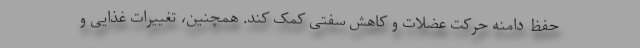
حفظ دامنه حرکت عضلات و کاهش سفتی کمک کند. همچنین، تغییرات غذایی و